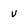
Character: v